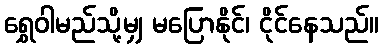
ရွှေဝါမည်သို့မျှ မပြောနိုင်၊ ငိုင်နေသည်။